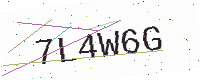
Text: 7L4W6G